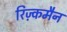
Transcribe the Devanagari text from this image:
रिज़्कमैन